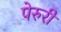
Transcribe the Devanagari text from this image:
पेरुरी